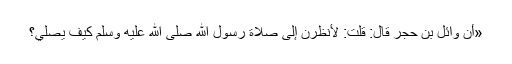
«أَنَّ وَائِلَ بْنَ حُجْرٍ قَالَ: قُلْتُ: لَأَنْظُرَنَّ إِلَى صَلَاةِ رَسُولِ اللَّهِ صَلَّى اللهُ عَلَيْهِ وَسَلَّمَ كَيْفَ يُصَلِّي؟